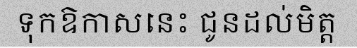
ទុកឱកាសនេះ ជូនដល់មិត្ត